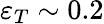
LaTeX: \varepsilon_{T}\sim 0.2